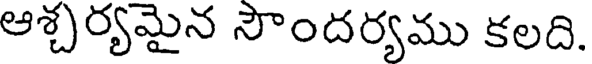
ఆశ్చర్యమైన సౌందర్యము కలది.